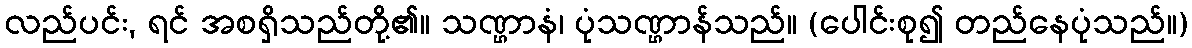
လည်ပင်း, ရင် အစရှိသည်တို့၏။ သဏ္ဌာနံ၊ ပုံသဏ္ဌာန်သည်။ (ပေါင်းစု၍ တည်နေပုံသည်။)